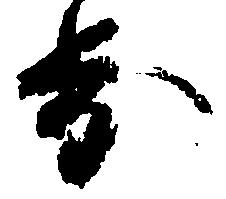
歩